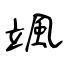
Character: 颯